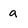
Character: a